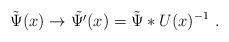
LaTeX: \begin{align*}\tilde{\Psi}(x) \to \tilde{\Psi'}(x) = \tilde{\Psi}*U(x)^{-1}\ .\end{align*}